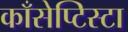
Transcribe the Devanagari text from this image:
काँसेप्टिस्टा